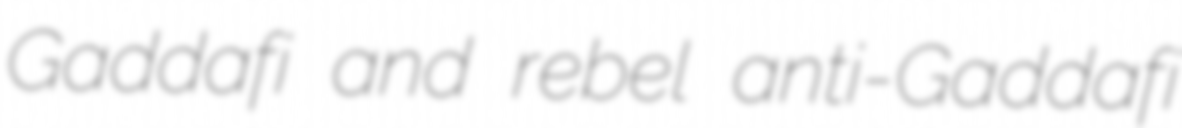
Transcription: Gaddafi and rebel anti-Gaddafi